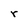
Character: r